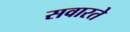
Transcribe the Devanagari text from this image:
सवारते